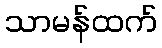
သာမန်ထက်